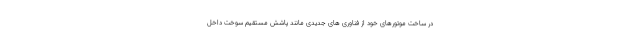
در ساخت موتورهای خود از فناوری های جدیدی مانند پاشش مستقیم سوخت داخل